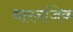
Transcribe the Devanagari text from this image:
धारनजिक